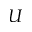
U